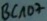
Text: BC107